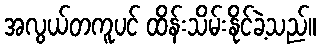
အလွယ်တကူပင် ထိန်းသိမ်းနိုင်ခဲ့သည်။